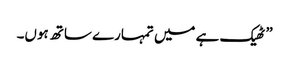
” ٹھیک ہے میں تمہارے ساتھ ہوں۔